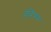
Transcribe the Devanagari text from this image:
वृद्धिक्रम